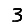
Digit: 3